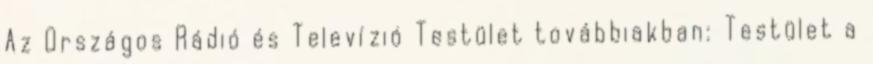
Az Országos Rádió és Televízió Testület továbbiakban: Testület a